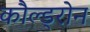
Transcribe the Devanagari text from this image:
कौल्ड्रोन